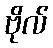
ဗိုလ်